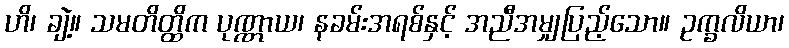
ဟိ၊ ချဲ့။ သမတိတ္ထိက ပုဏ္ဏာယ၊ နခမ်းအရစ်နှင့် အညီအမျှပြည့်သော။ ဥက္ခလိယာ၊